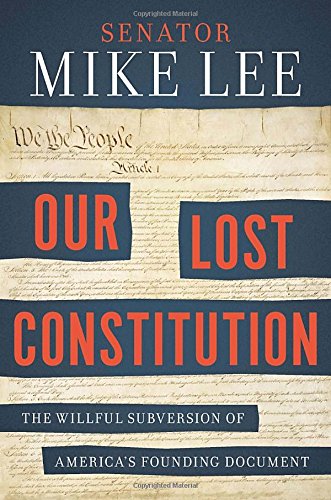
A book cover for Our Lost Constitution: The Willful Subversion of America's Founding Document; Mike Lee; Law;